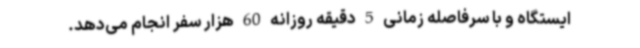
ایستگاه و با سرفاصله زمانی 5 دقیقه روزانه 60 هزار سفر انجام می‌دهد.